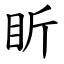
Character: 盺